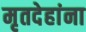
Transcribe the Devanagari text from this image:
मृतदेहांना